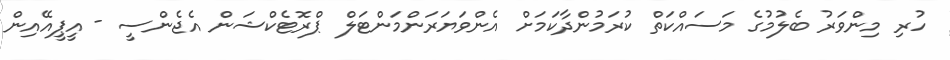
ހުރި މިންވަރު ބެލުމުގެ މަސައްކަތް ކުރަމުންދާކަމަށް އެންވަޔަރަންމަންޓަލް ޕްރޮޓެކްޝަން އެޖެންސީ - އީޕީއޭއިން